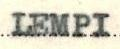
LEMPI